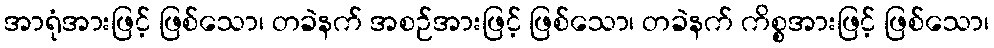
အာရုံအားဖြင့် ဖြစ်သော၊ တခဲနက် အစဉ်အားဖြင့် ဖြစ်သော၊ တခဲနက် ကိစ္စအားဖြင့် ဖြစ်သော၊